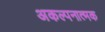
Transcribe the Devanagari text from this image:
अकल्पनात्मक